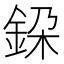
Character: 𨦃